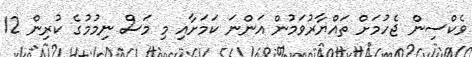
ވެކްސިން ޖެހުމަށް ތައްޔާރުވަމުން އަންނަ ކަމަށާއި މި މަސް ނިމުމުގެ ކުރިން 12